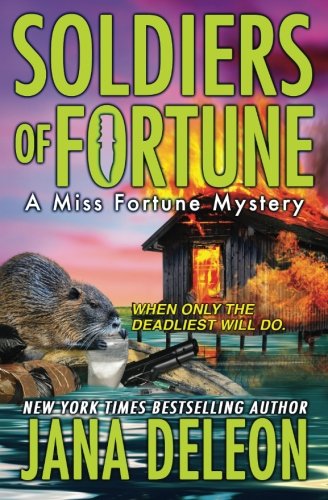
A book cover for Soldiers of Fortune (A Miss Fortune Mystery) (Volume 6); Jana DeLeon; Mystery, Thriller & Suspense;